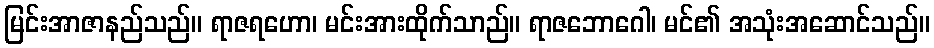
မြင်းအာဇာနည်သည်။ ရာဇရဟော၊ မင်းအားထိုက်သာည်။ ရာဇဘောဂေါ၊ မင်၏ အသုံးအဆောင်သည်။